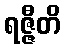
ရဇ္ဇီတိ